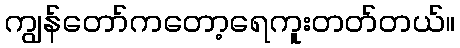
ကျွန်တော်ကတော့ရေကူးတတ်တယ်။